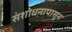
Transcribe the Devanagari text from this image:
संशोधनापासून